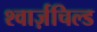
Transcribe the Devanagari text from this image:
श्वार्ज़चिल्ड